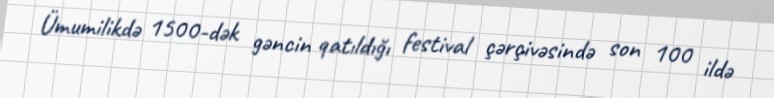
Ümumilikdə 1500-dək gəncin qatıldığı festival çərçivəsində son 100 ildə